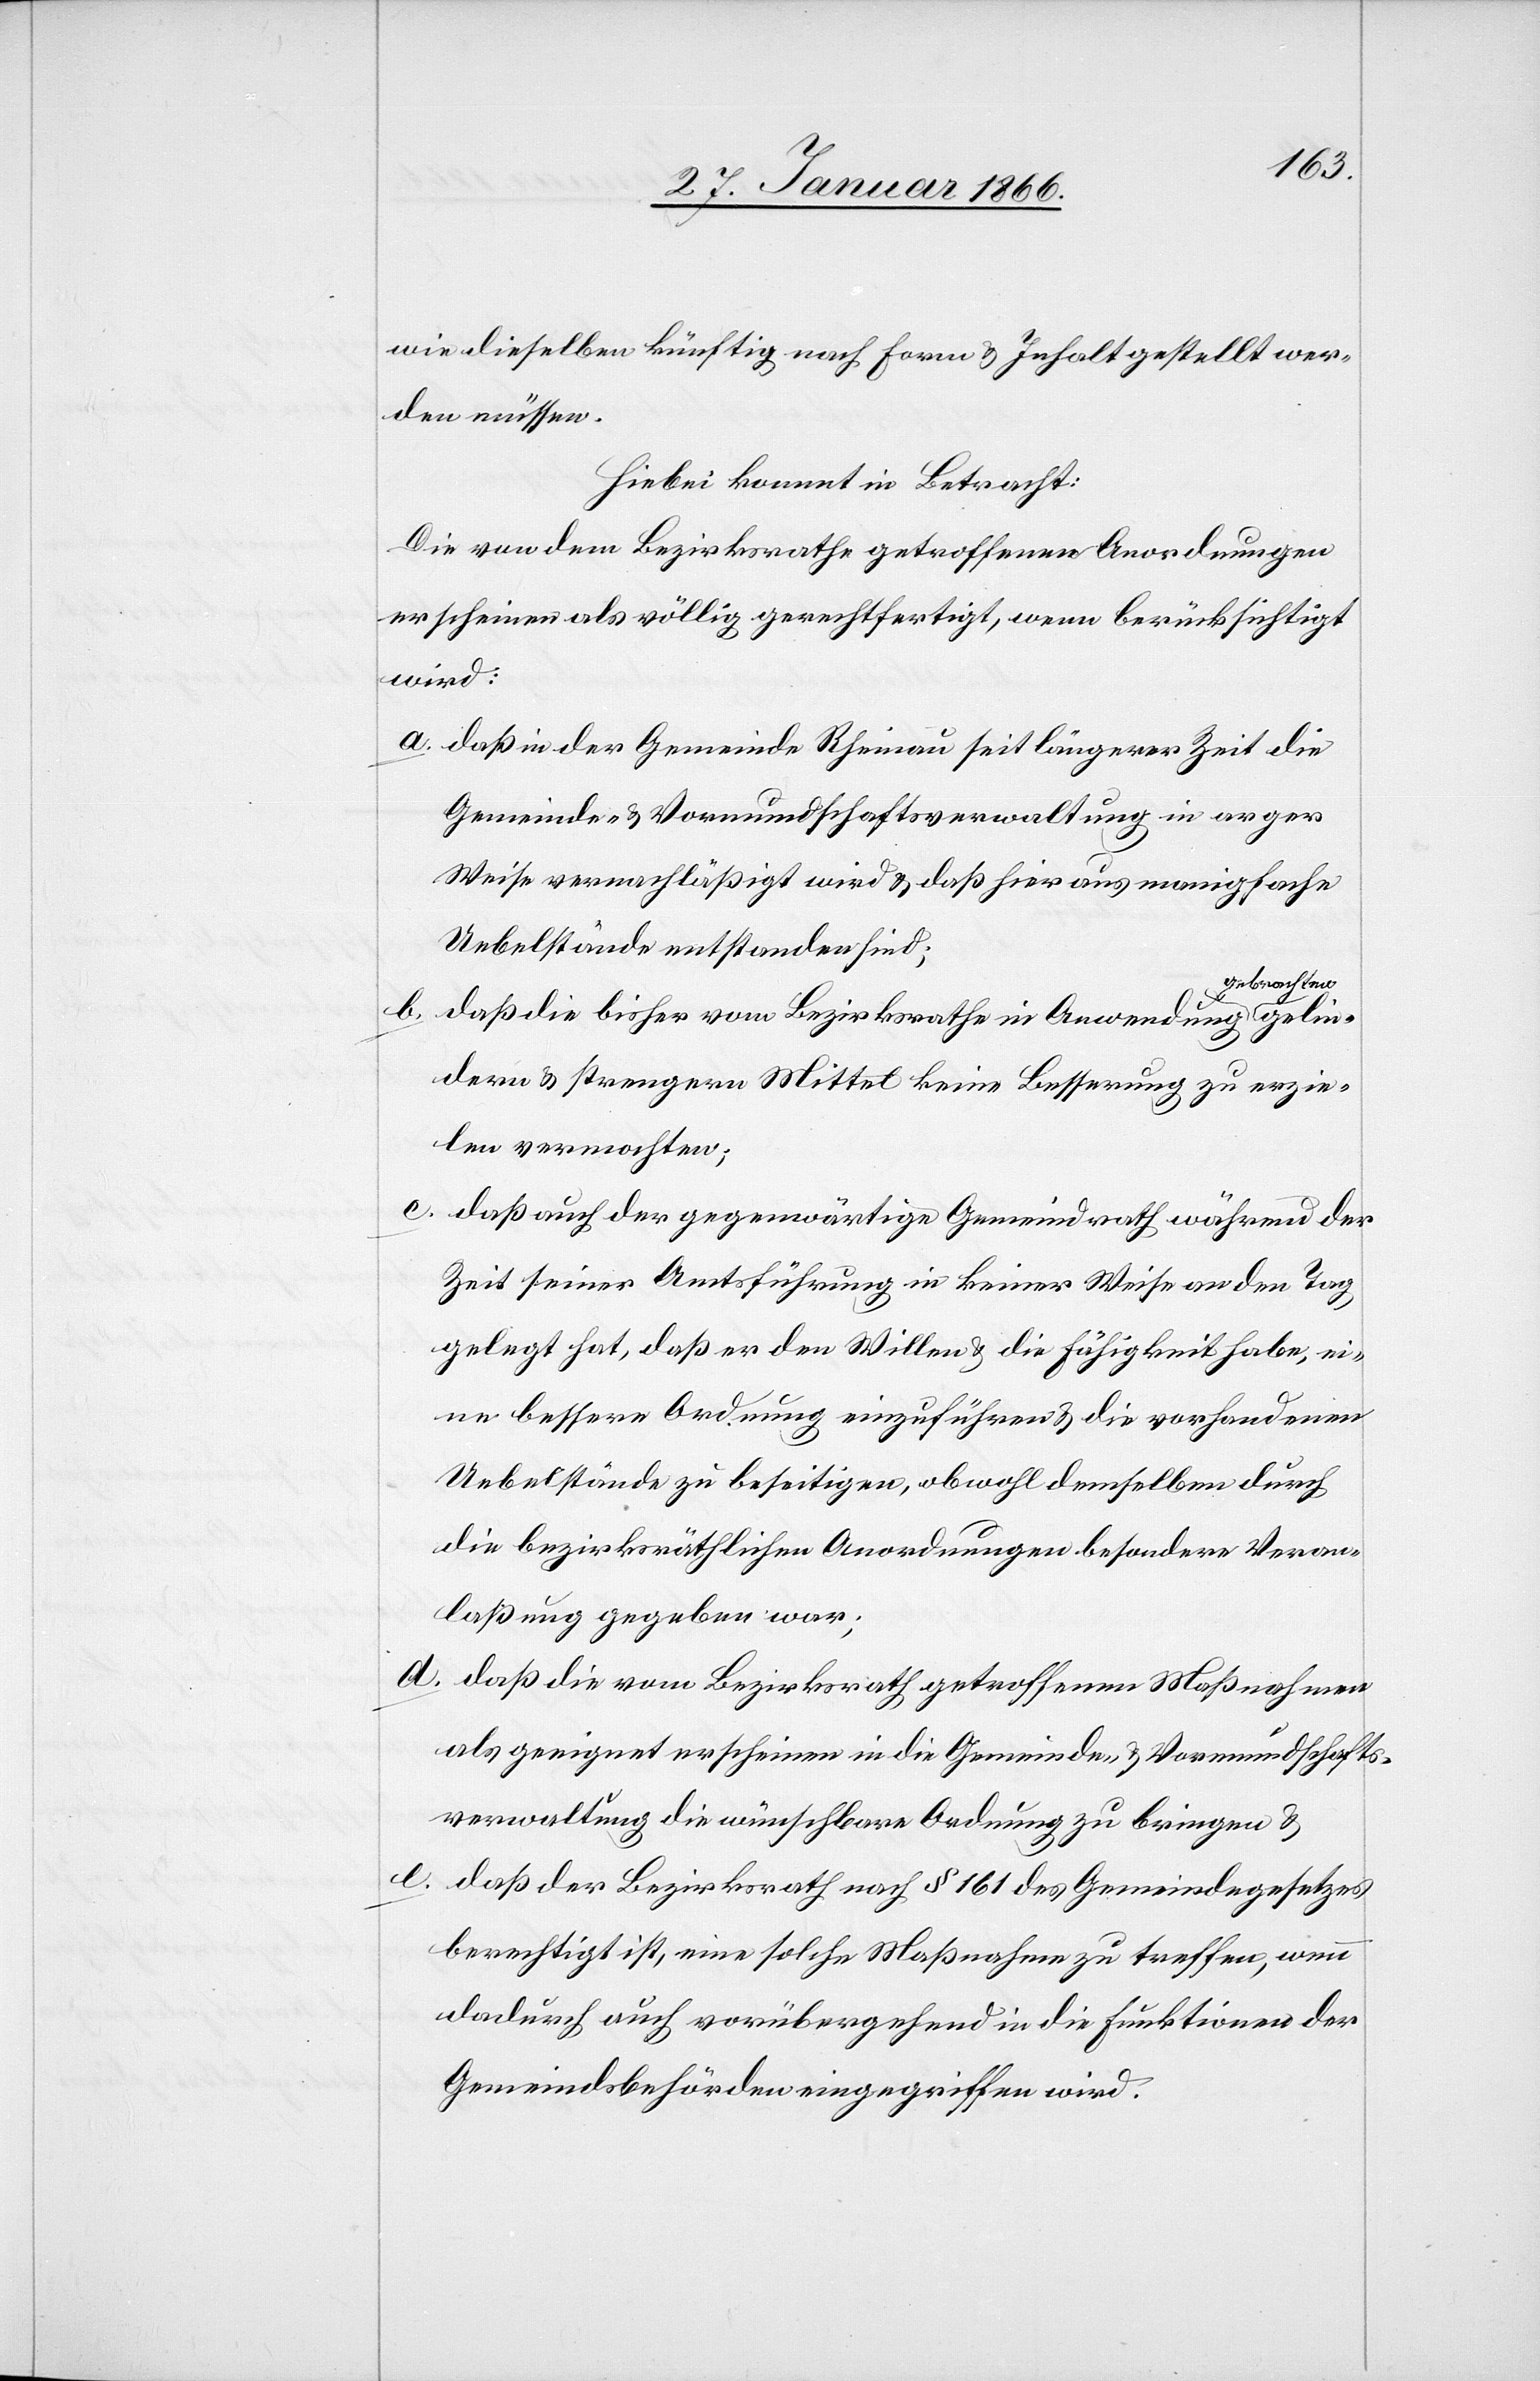
wie dieselben künftig nach Form u. Inhalt gestellt wer¬
den müssen.
Hiebei kommt in Betracht:
Die von dem Bezirksrathe getroffenen Anordnungen
erscheinen als völlig gerechtfertigt, wenn berücksichtigt
gelin¬
a. daß in der Gemeinde Rheinau seit längerer Zeit die
Gemeinde- u. Vormundschaftsverwaltung in arger
Weise vernachläßigt wird u. hieraus manigfache
Uebelstände entstanden sind;
brachten
b. daß die bisher vom Bezirksrathe in Anwendung ge¬
dern u. strengern Mittel keine Besserung zu erzie¬
len vermochten;
c. daß auch der gegenwärtige Gemeindrath während der
Zeit seiner Amtsführung in keiner Weise an den Tag
gelegt hat, daß er den Willen u. die Fähigkeit habe, ei¬
ne bessere Ordnung einzuführen u. die vorhandenen
Uebelstände zu beseitigen, obwohl demselben durch
die bezirksräthlichen Anordnungen besondere Veran¬
laßung gegeben war;
d. daß die vom Bezirksrath getroffenen Maßnahmen
als geeignet erscheinen in die Gemeinde- u. Vormundschafts¬
verwaltung die wünschbare Ordnung zu bringen u.
e. daß der Bezirksrath nach § 161 des Gemeindegesetzes
berechtigt ist, eine solche Maßnahme zu treffen, wenn
dadurch auch vorübergehend in die Funktionen der
Gemeindesbehörden eingegriffen wird.